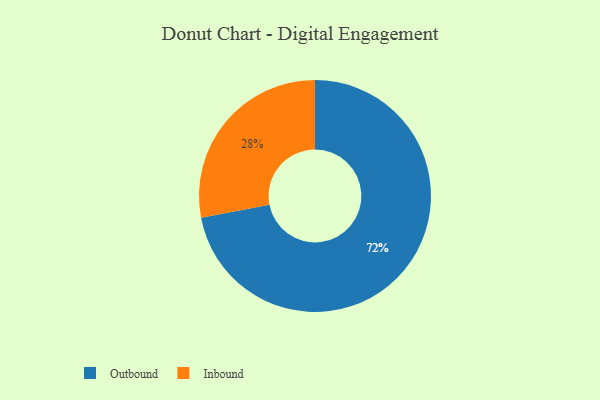
{"axis": {"x": "Category", "y": "Percentage"}, "legend": ["Inbound", "Outbound"], "data": [{"x": "Outbound", "y": 72, "type": "Outbound"}, {"x": "Inbound", "y": 28, "type": "Inbound"}]}